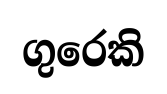
ගුරෙකි